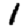
Digit: 1